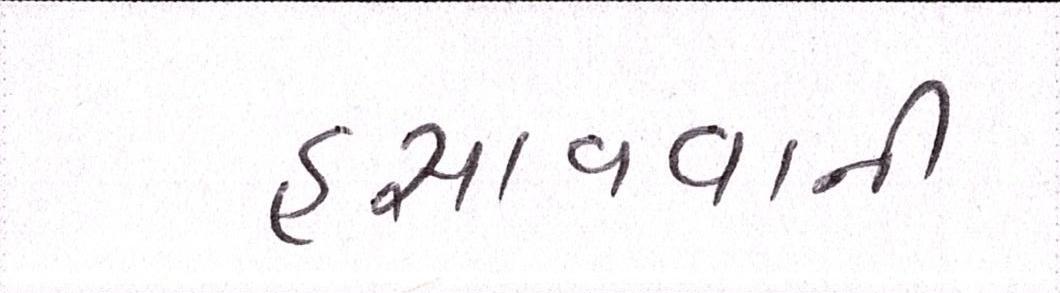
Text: હસાવવાની